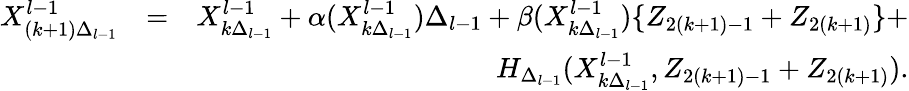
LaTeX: \begin{array}{rlr}{X_{(k+1)\Delta_{l-1}}^{l-1}}&{=}&{X_{k\Delta_{l-1}}^{l-1}+\alpha(X_{k\Delta_{l-1}}^{l-1})\Delta_{l-1}+\beta(X_{k\Delta_{l-1}}^{l-1})\{ Z_{2(k+1)-1}+Z_{2(k+1)}\} +}\\ &{}&{H_{\Delta_{l-1}}(X_{k\Delta_{l-1}}^{l-1},Z_{2(k+1)-1}+Z_{2(k+1)}).}\end{array}